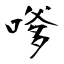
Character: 嗲